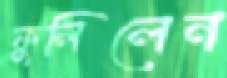
ফুলিলেন